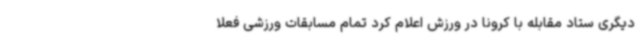
دیگری ستاد مقابله با کرونا در ورزش اعلام کرد تمام مسابقات ورزشی فعلا